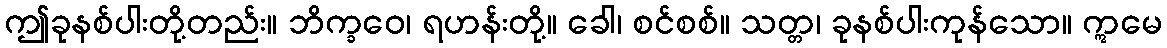
ဤခုနစ်ပါးတို့တည်း။ ဘိက္ခဝေ၊ ရဟန်းတို့။ ခေါ၊ စင်စစ်။ သတ္တ၊ ခုနစ်ပါးကုန်သော။ ဣမေ